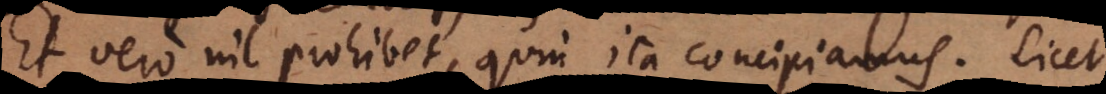
Et vero nil prohibet, quin ita concipiamus. Licet